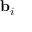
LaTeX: \mathbf { b } _ { i }